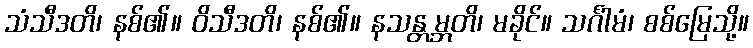
သံသီဒတိ၊ နစ်၏။ ဝိသီဒတိ၊ နစ်၏။ နသန္တမ္ဘတိ၊ မခိုင်။ သင်္ဂါမံ၊ စစ်မြေသို့။